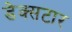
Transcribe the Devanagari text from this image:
डेक्सटार